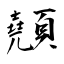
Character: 顤